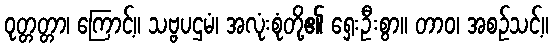
ဝုတ္တတ္တာ၊ ကြောင့်။ သဗ္ဗပဌမံ၊ အလုံးစုံတို့၏ ရှေးဦးစွာ။ တာဝ၊ အစဉ်သင့်။